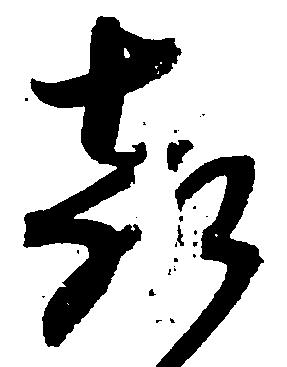
喜